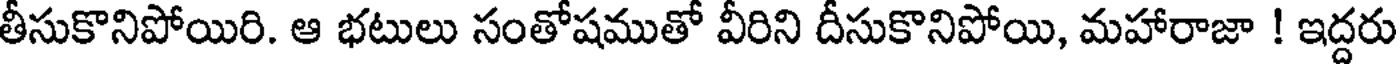
తీసుకొనిపోయిరి. ఆ భటులు సంతోషముతో వీరిని దీసుకొనిపోయి, మహారాజా ! ఇద్దరు